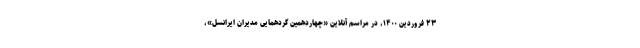
۲۳ فروردین ۱۴۰۰، در مراسم آنلاین «چهاردهمین گردهمایی مدیران ایرانسل»،